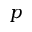
p